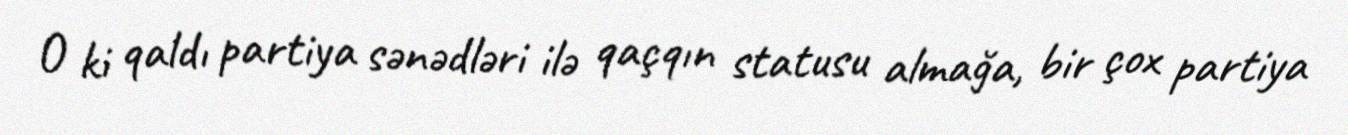
O ki qaldı partiya sənədləri ilə qaçqın statusu almağa, bir çox partiya